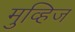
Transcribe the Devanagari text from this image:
मुव्हिज